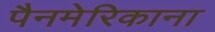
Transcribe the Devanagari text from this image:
पैनमेरिकाना